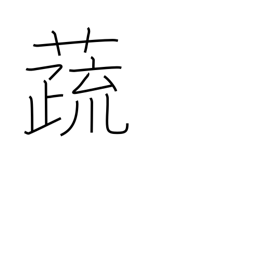
Meaning: vegetables